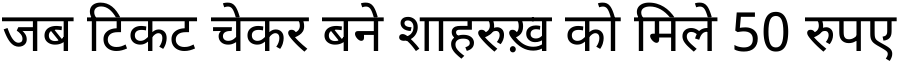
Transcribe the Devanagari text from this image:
जब टिकट चेकर बने शाहरुख़ को मिले 50 रुपए